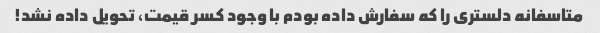
متاسفانه دلستری را که سفارش داده بودم با وجود کسر قیمت، تحویل داده نشد!